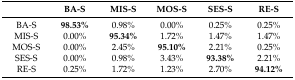
<table><thead><tr><td></td><td><b>BA-S</b></td><td><b>MIS-S</b></td><td><b>MOS-S</b></td><td><b>SES-S</b></td><td><b>RE-S</b></td></tr></thead><tbody><tr><td>BA-S</td><td><b>98.53% </b></td><td>0.98% </td><td>0.00% </td><td>0.25% </td><td>0.25%</td></tr><tr><td>MIS-S</td><td>0.00% </td><td><b>95.34% </b></td><td>1.72% </td><td>1.47% </td><td>1.47% </td></tr><tr><td>MOS-S</td><td>0.00% </td><td>2.45% </td><td><b>95.10% </b></td><td>2.21% </td><td>0.25% </td></tr><tr><td>SES-S</td><td>0.00% </td><td>0.98% </td><td>3.43% </td><td><b>93.38% </b></td><td>2.21% </td></tr><tr><td>RE-S</td><td>0.25% </td><td>1.72% </td><td>1.23% </td><td>2.70% </td><td><b>94.12% </b></td></tr></tbody></table>